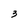
Character: 3